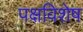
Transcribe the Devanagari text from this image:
पक्षविशेष